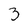
Character: 3